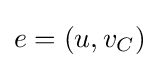
e=(u,v_{C})